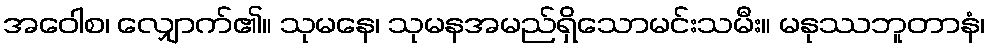
အဝေါစ၊ လျှောက်၏။ သုမနေ၊ သုမနအမည်ရှိသောမင်းသမီး။ မနုဿဘူတာနံ၊